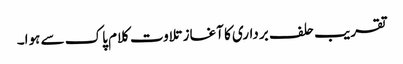
تقریب حلف برداری کا آغاز تلاوت کلام پاک سے ہوا۔